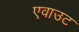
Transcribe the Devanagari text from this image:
एवाउट